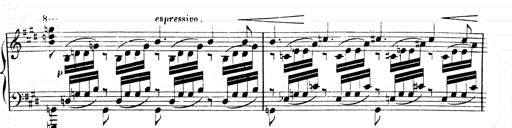
Title: 2 Transcriptions d'aprÃ¨s Rossini
Composer: Franz Liszt